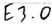
Text: E3.0